Calcutta medical institutions reports 1871-78
Year: 1871
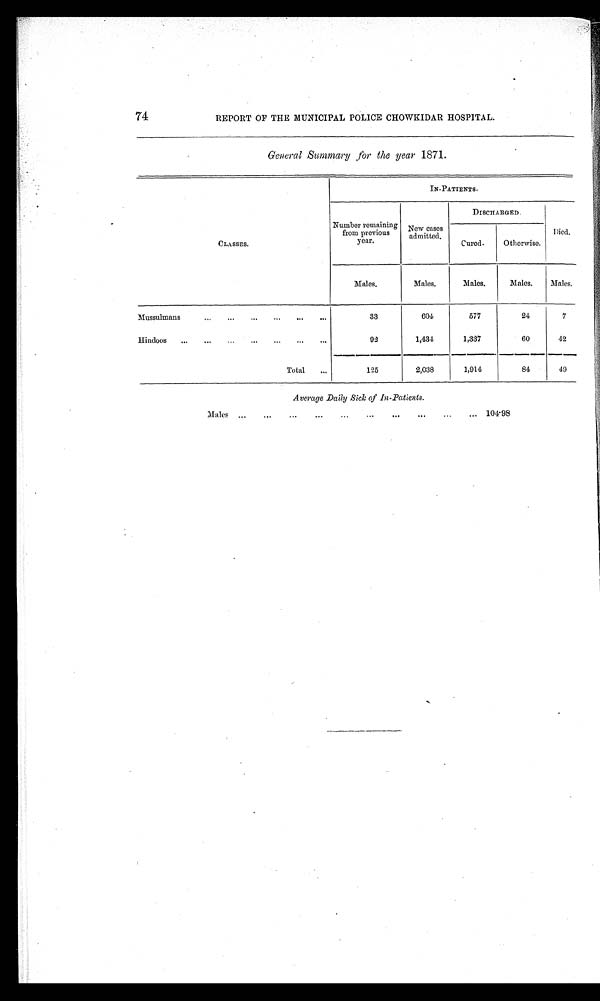
74
REPORT OF THE MUNICIPAL POLICE CHOWKIDAR HOSPITAL.
General Summary for the year 1871.
CLASSES,
IN-PATIENTS.
Number remaining
from previous
year.
New cases
admitted.
DISCHARGED.
Died.
Cured.
Otherwise.
Males.
Males.
Males.
Males.
Males.
Mussulmans
... ... ... ... ... ...
33
604
577
24
7
Hindoos
...
...
...
...
... ...
. . .
92
1,434
1,337
60
42
Total
...
125
2,038
1,914
84
49
Average Daily Sick of In-Patients.
Males ...
...
...
...
... ... ... ... ... ...
104.98